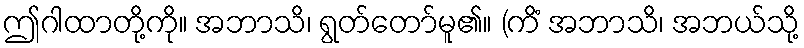
ဤဂါထာတို့ကို။ အဘာသိ၊ ရွတ်တော်မူ၏။ (ကိံ အဘာသိ၊ အဘယ်သို့